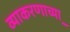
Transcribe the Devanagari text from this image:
व्याकरणाच्या़